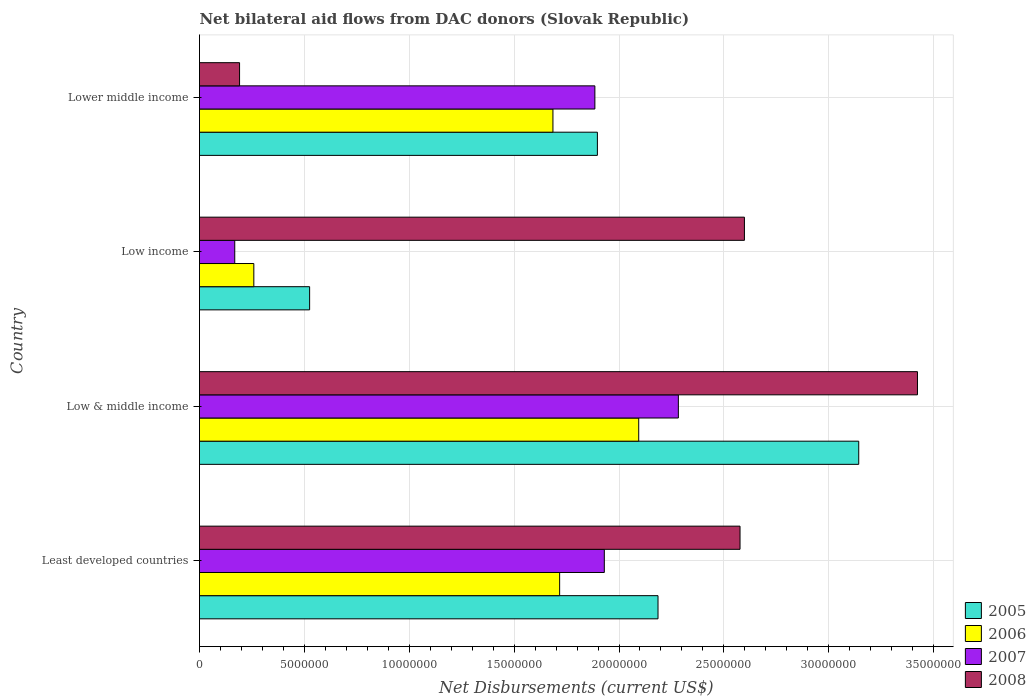
| Country | 2005 | 2006 | 2007 | 2008 |
 | --- | --- | --- | --- | --- |
 | Least developed countries | 2.19e+07 | 1.72e+07 | 1.93e+07 | 2.58e+07 |
 | Low & middle income | 3.14e+07 | 2.09e+07 | 2.28e+07 | 3.42e+07 |
 | Low income | 5.25e+06 | 2.59e+06 | 1.68e+06 | 2.6e+07 |
 | Lower middle income | 1.9e+07 | 1.68e+07 | 1.88e+07 | 1.91e+06 |